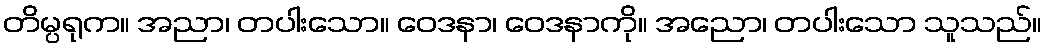
တိမ္ပရုက။ အညာ၊ တပါးသော။ ဝေဒနာ၊ ဝေဒနာကို။ အညော၊ တပါးသော သူသည်။